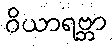
ဝိယာရဗ္ဘာ